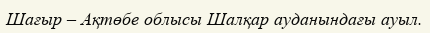
Шағыр – Ақтөбе облысы Шалқар ауданындағы ауыл.